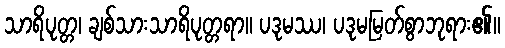
သာရိပုတ္တ၊ ချစ်သားသာရိပုတ္တရာ။ ပဒုမဿ၊ ပဒုမမြတ်စွာဘုရား၏။